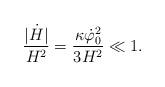
LaTeX: \begin{align*}{|\dot H|\over H^2}={\kappa\dot\varphi_0^2\over 3H^2}\ll 1.\end{align*}